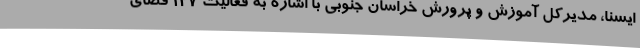
ایسنا، مدیرکل آموزش و پرورش خراسان جنوبی با اشاره به فعالیت 127 فضای